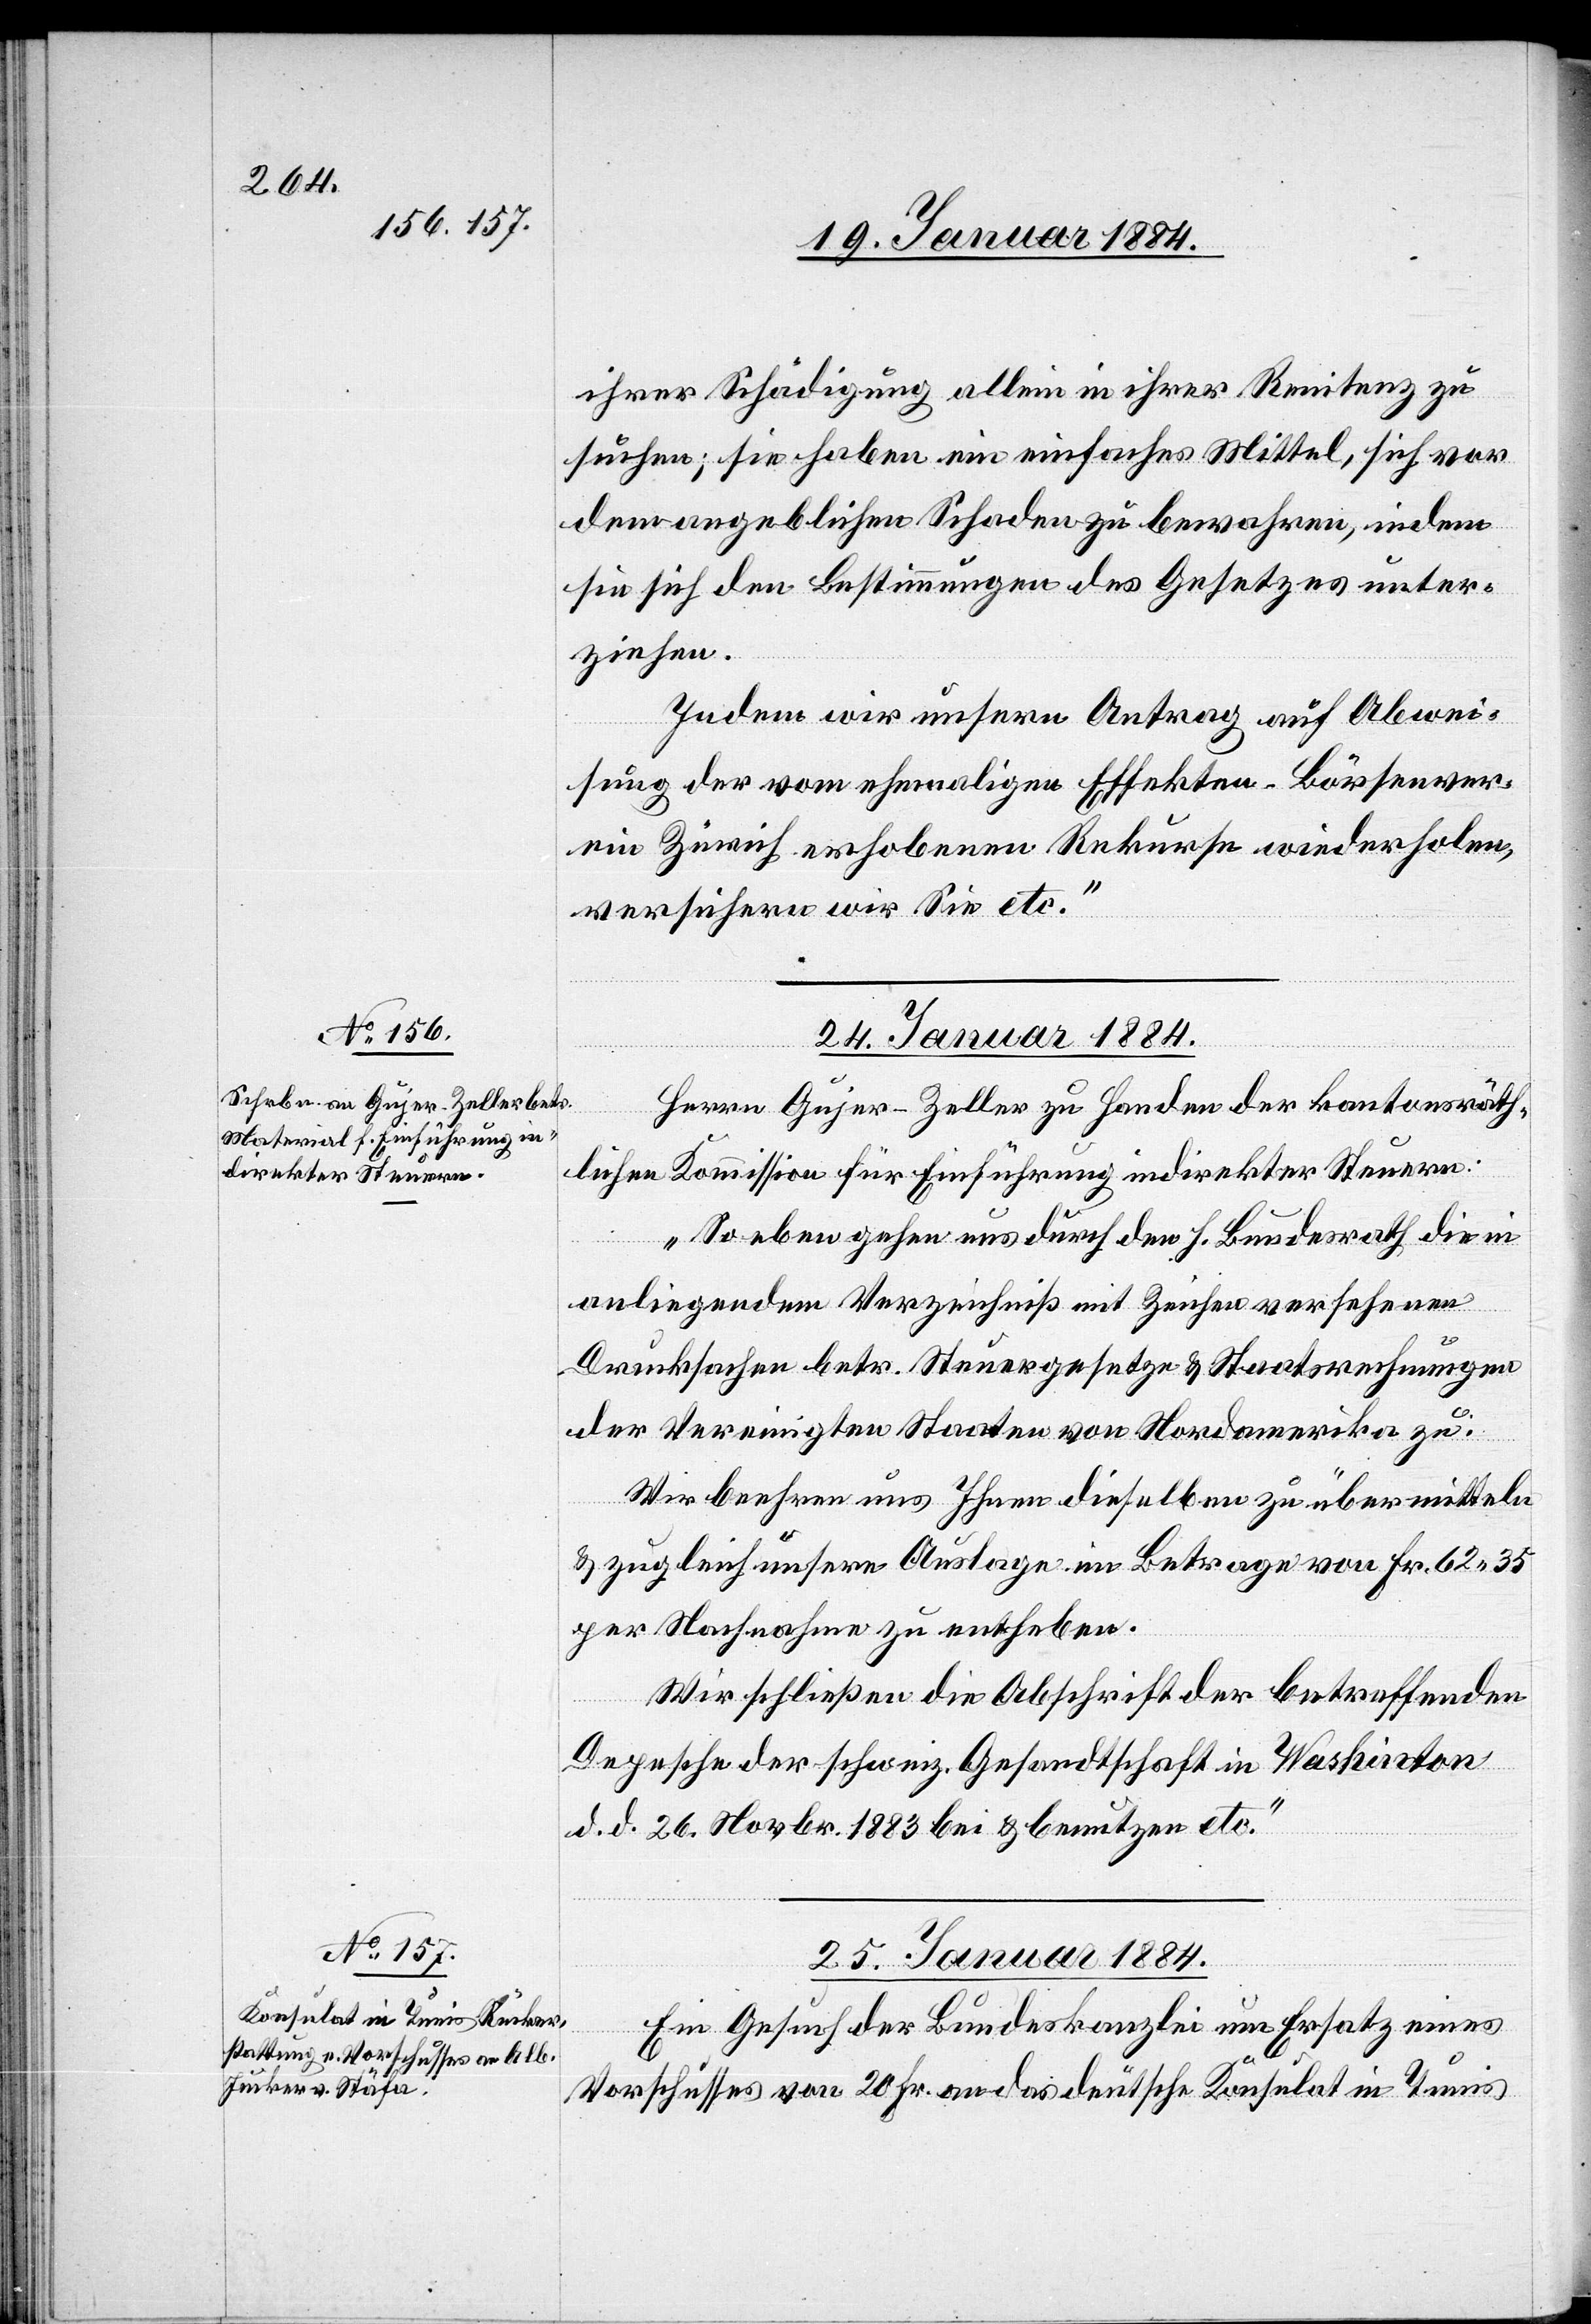
ihrer Schädigung allein in ihrer Renitenz zu
suchen; sie haben ein einfaches Mittel, sich von
der angeblichen Schaden zu bewahren, indem
sie sich den Bestimmungen des Gesetzes unter¬
ziehen.
Indem wir unsern Antrag auf Abwei¬
sung der vom ehemaligen Effekten-Börsenver¬
ein Zürich erhobenen Rekurse wiederholen,
versichern wir etc.“
24. Januar 1884.
Herr Gujer-Zeller zu Handen der kantonsräth¬
lichen Kommission für Einführung indirekter Steuern:
„So eben gehen uns durch den h. Bundesrath die in
anliegendem Verzeichniß mit Zeichen versehenen
Drucksachen betr. Steuergesetze & Staatsrechnungen
der Vereinigten Staaten von Nordamerika zu.
Wir beehren uns Ihnen dieselben zu übermitteln
& zugleich unsere Auslage im Betrage von Fr. 62 35
per Nachnahme zu entheben.
Wir schließen die Abschrift der betreffenden
Depesche der schweiz. Gesandtschaft in Washin[g]ton
d. d. 26 Novbr. 1883 bei & benutzen etc.“
25. Januar 1884.
Ein Gesuch der Bundeskanzlei um Ersatz eines
Vorschusses von 20 Fr. an das deutsche Konsulat in Tunis